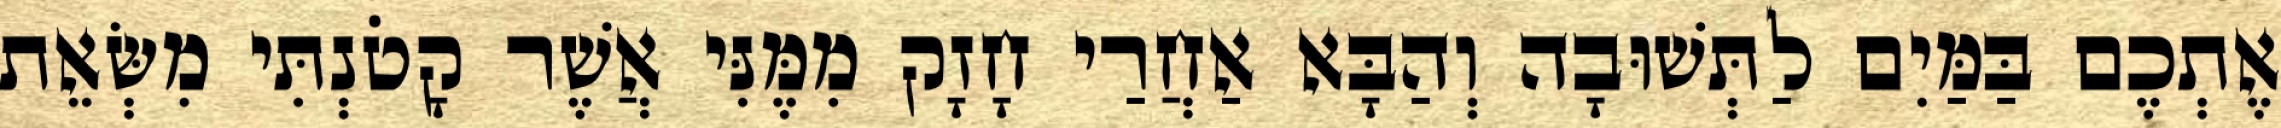
אֶתְכֶם בַּמַּיִם לַתְּשׁוּבָה וְהַבָּא אַחֲרַי חָזָק מִמֶּנִּי אֲשֶׁר קָטֹנְתִּי מִשְּׂאֵת